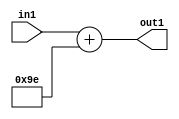
`timescale 1ps / 1ps
/*****************************************************************************
    Verilog RTL Description
    
    
    Created by: Stratus DpOpt 2019.1.01 
*******************************************************************************/

module DC_Filter_Add_12U_273_4 (
	in1,
	out1
	); /* architecture "behavioural" */ 
input [11:0] in1;
output [11:0] out1;
wire [11:0] asc001;

assign asc001 = 
	+(in1)
	+(12'B000010011110);

assign out1 = asc001;
endmodule

/* CADENCE  urn1Sw8= : u9/ySgnWtBlWxVPRXgAZ4Og= ** DO NOT EDIT THIS LINE ******/